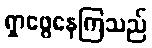
ရှာဖွေနေကြသည်